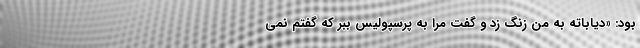
بود: «دیاباته به من زنگ زد و گفت مرا به پرسپولیس ببر که گفتم نمی‌